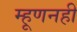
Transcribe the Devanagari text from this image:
म्हूणनही